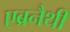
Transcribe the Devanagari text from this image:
एब्रनैथी